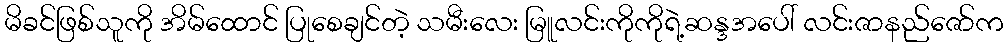
မိခင်ဖြစ်သူကို အိမ်ထောင် ပြုစေချင်တဲ့ သမီးလေး မြူလင်းကိုကိုရဲ့ဆန္ဒအပေါ် လင်းဇာနည်ဇော်က